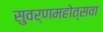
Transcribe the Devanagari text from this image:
सुवर्णमहोत्सवा